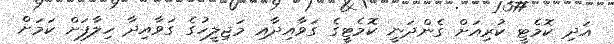
އަދި ކޮމެޓީ ކުރިއަށް ގެންދަނީ ކޮމެޓީގެ ގަވާއިދާއި މަޖިލީހުގެ ގަވާއިދާ ހިލާފަށް ކަމަށް